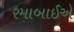
રમાબાઈએ